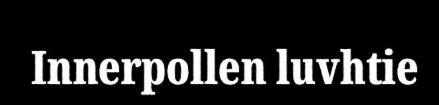
Innerpollen luvhtie